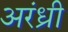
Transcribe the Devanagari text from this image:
अरंध्री